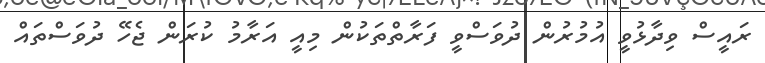
ރައީސް ވިދާޅުވީ އުމުރުން ދުވަސްވީ ފަރާތްތަކުން މިއީ އަރާމު ކުރަން ޖެހޭ ދުވަސްތައް